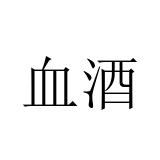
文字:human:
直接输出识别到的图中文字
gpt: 血酒